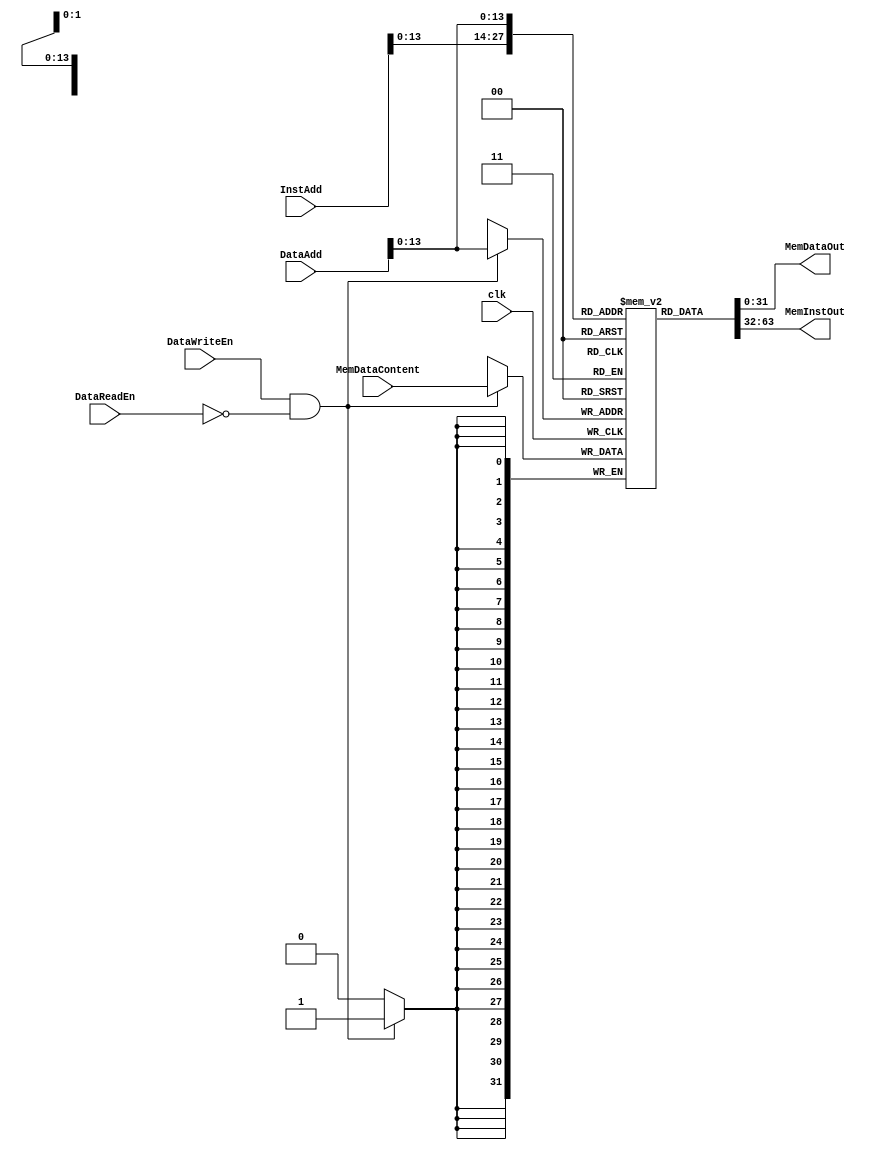
// This program was cloned from: https://github.com/suyashmahar/RISC-processor
// License: MIT License

`timescale 1ns / 1ps

module MemoryModule (
    input wire 	      clk,
    
    input wire [31:0] InstAdd, // Address to fetch instruction from
    input wire [31:0] DataAdd, // Address to fetch data from
    input wire [31:0] MemDataContent,
  
    input wire 	      DataReadEn, // Enables output from memory
    input wire 	      DataWriteEn, // Enables writing to memory at end of cur. cycle

    output wire [31:0] MemDataOut, // Data from memory
    output wire [31:0] MemInstOut // Instruction from memory		   
);

   reg [31:0] 	       mem [8192:0]; // 32 KiB memory

   initial begin
      
   end

   always @(posedge clk) begin
      if (DataWriteEn & !DataReadEn) begin
	 mem[DataAdd] = MemDataContent;
      end
   end
   
   assign MemInstOut = mem[InstAdd];
   assign MemDataOut = mem[DataAdd];
      
endmodule // MemoryModule